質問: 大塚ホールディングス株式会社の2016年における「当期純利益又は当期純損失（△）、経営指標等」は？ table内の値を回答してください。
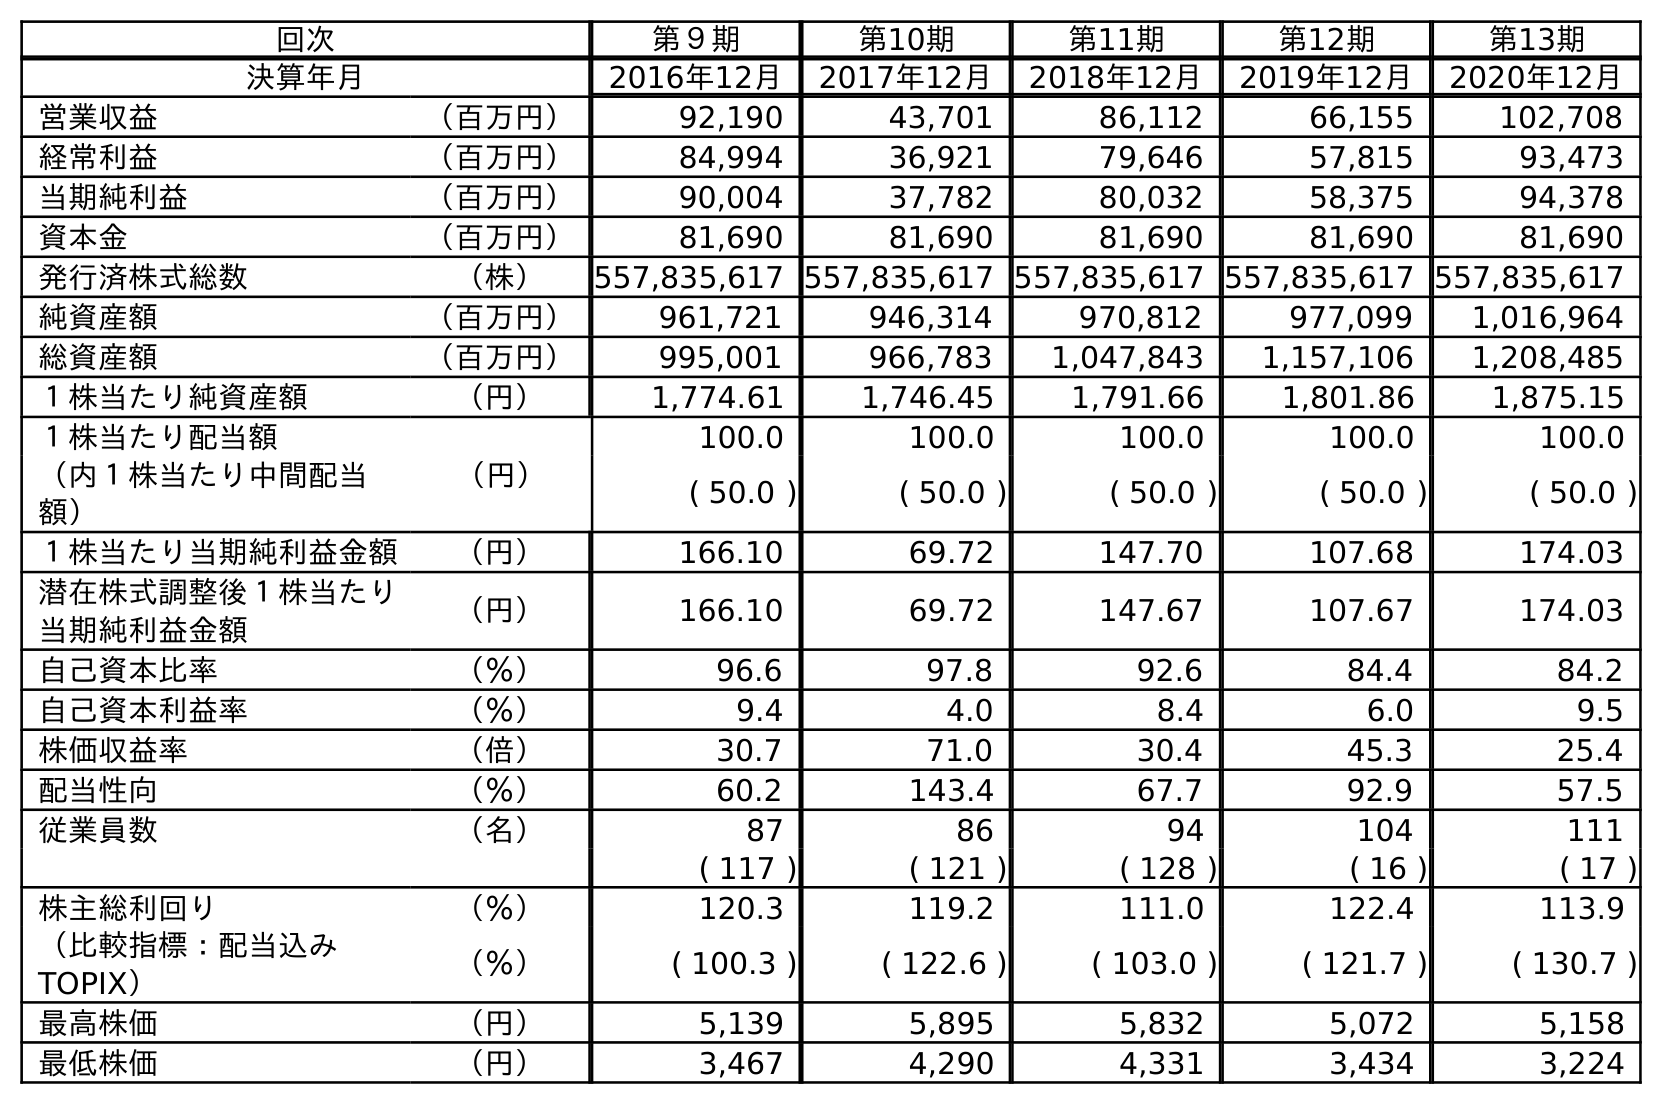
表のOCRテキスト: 回次 第９期 第10期 第11期 第12期 第13期 決算年月 2016年12月 2017年12月 2018年12月 2019年12月 2020年12月 営業収益 （百万円） 92,190 43,701 86,112 66,155 102,708 経常利益 （百万円） 84,994 36,921 79,646 57,815 93,473 当期純利益 （百万円） 90,004 37,782 80,032 58,375 94,378 資本金 （百万円） 81,690 81,690 81,690 81,690 81,690 発行済株式総数 （株） 557,835,617 557,835,617 557,835,617 557,835,617 557,835,617 純資産額 （百万円） 961,721 946,314 970,812 977,099 1,016,964 総資産額 （百万円） 995,001 966,783 1,047,843 1,157,106 1,208,485 １株当たり純資産額 （円） 1,774.61 1,746.45 1,791.66 1,801.86 1,875.15 １株当たり配当額 （円） 100.0 100.0 100.0 100.0 100.0 （内１株当たり中間配当 額） ( 50.0 ) ( 50.0 ) ( 50.0 ) ( 50.0 ) ( 50.0 ) １株当たり当期純利益金額 （円） 166.10 69.72 147.70 107.68 174.03 潜在株式調整後１株当たり 当期純利益金額 （円） 166.10 69.72 147.67 107.67 174.03 自己資本比率 （％） 96.6 97.8 92.6 84.4 84.2 自己資本利益率 （％） 9.4 4.0 8.4 6.0 9.5 株価収益率 （倍） 30.7 71.0 30.4 45.3 25.4 配当性向 （％） 60.2 143.4 67.7 92.9 57.5 従業員数 （名） 87 86 94 104 111 ( 117 ) ( 121 ) ( 128 ) ( 16 ) ( 17 ) 株主総利回り （％） 120.3 119.2 111.0 122.4 113.9 （比較指標：配当込み TOPIX） （％） ( 100.3 ) ( 122.6 ) ( 103.0 ) ( 121.7 ) ( 130.7 ) 最高株価 （円） 5,139 5,895 5,832 5,072 5,158 最低株価 （円） 3,467 4,290 4,331 3,434 3,224
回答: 90,004